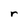
Character: r